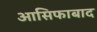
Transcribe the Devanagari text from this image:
आसिफाबाद